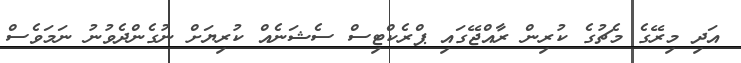
އަދި މިރޭގެ މެޗުގެ ކުރިން ރާއްޖޭގައި ޕްރެކްޓިސް ސެޝަނެއް ކުރިޔަށް ނުގެންދެވުނު ނަމަވެސް